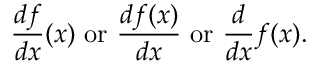
{ \frac { d f } { d x } } ( x ) { \mathrm { ~ o r ~ } } { \frac { d f ( x ) } { d x } } { \mathrm { ~ o r ~ } } { \frac { d } { d x } } f ( x ) .